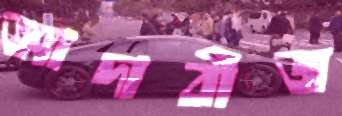
আদাবীজ